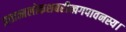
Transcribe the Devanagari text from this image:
प्रत्तात्मलोकशबरीखगपावनस्य।